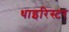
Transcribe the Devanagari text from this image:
थाइरिस्टर